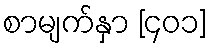
စာမျက်နှာ [၄၀၁]